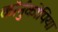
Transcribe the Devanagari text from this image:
कॉर्नुकोपिया